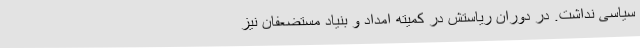
سیاسی نداشت. در دوران ریاستش در کمیته امداد و بنیاد مستضعفان نیز